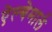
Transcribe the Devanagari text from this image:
ऐल्बेमार्ल